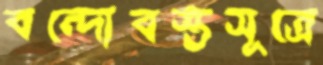
বন্দোবস্তসূত্রে